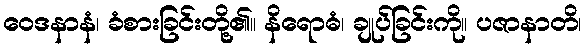
ဝေဒနာနံ၊ ခံစားခြင်းတို့၏။ နိရောဓံ၊ ချုပ်ခြင်းကို။ ပဇာနာတိ၊